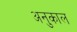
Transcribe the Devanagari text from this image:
अनुकाल